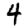
Digit: 4